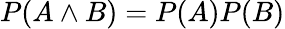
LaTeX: P(A\land B)=P(A)P(B)